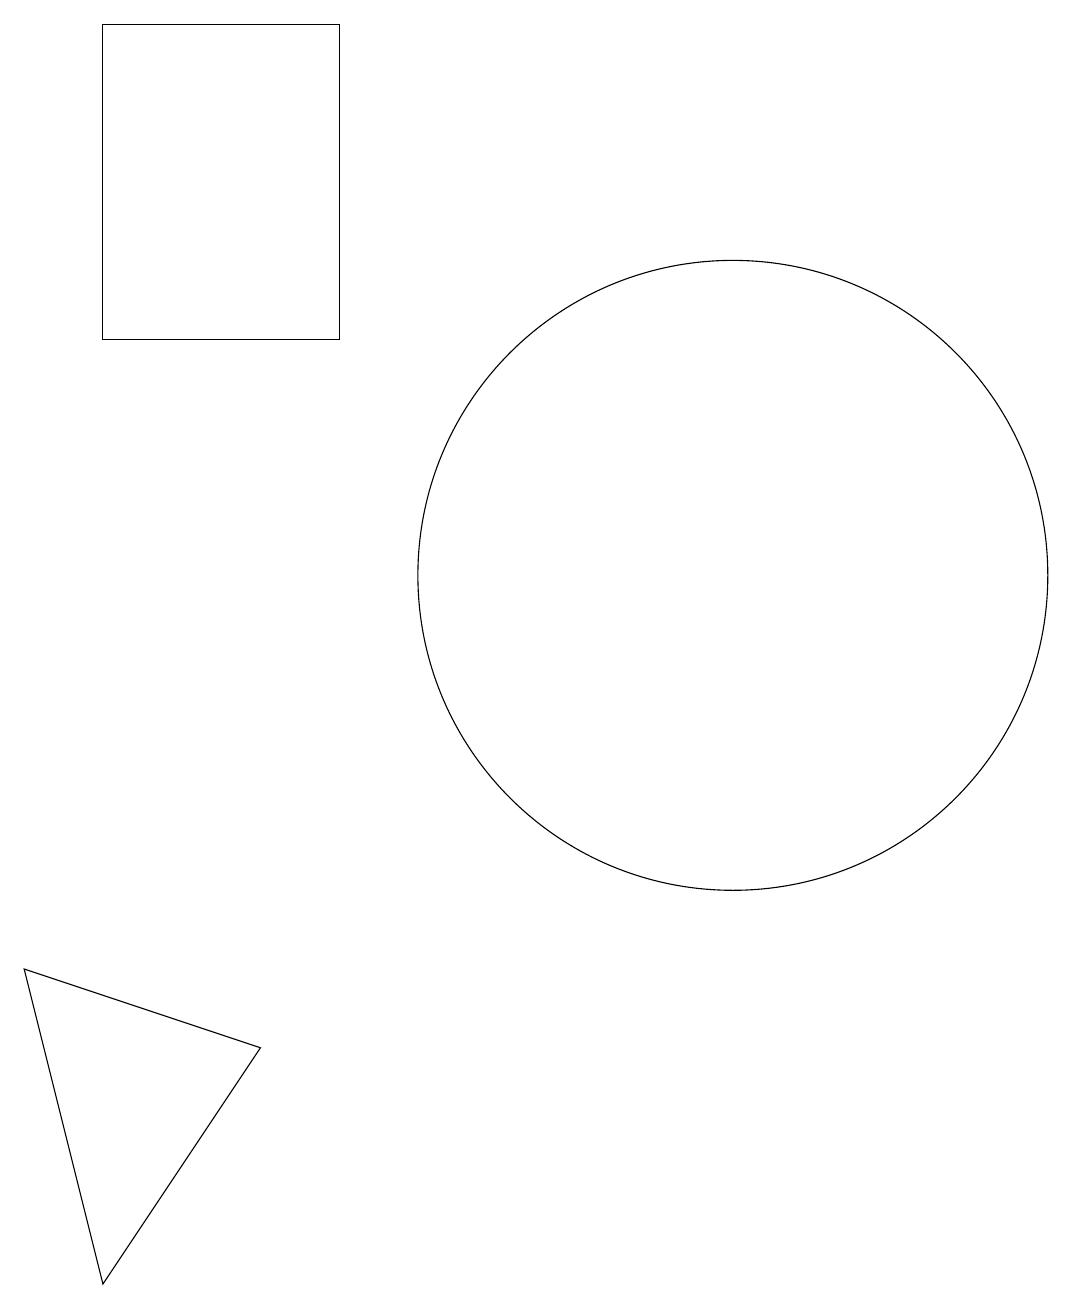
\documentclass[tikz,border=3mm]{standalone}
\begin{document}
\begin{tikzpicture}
\draw (4,5) -- (1,6) -- (2,2) -- cycle;
\draw (10,11) circle (4);
\draw (2,18) rectangle (5,14);
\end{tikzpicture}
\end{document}